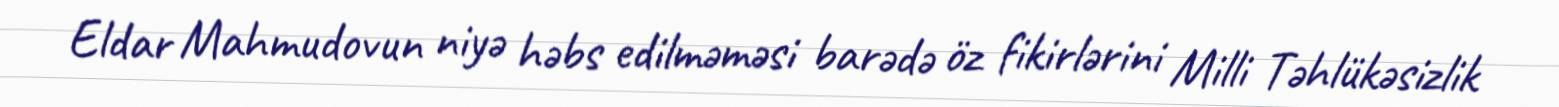
Eldar Mahmudovun niyə həbs edilməməsi barədə öz fikirlərini Milli Təhlükəsizlik